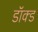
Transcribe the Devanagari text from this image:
डॉक्ड